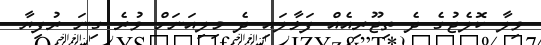
ވިލާ ކޮލެޖުގެ ދެ ތިޖޫރިއެއް ފަޅާލައި ދެ މިލިއަނަށް ވުރެ ގިނަ ރުފިޔާ